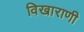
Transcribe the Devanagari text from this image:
विखाराणी